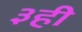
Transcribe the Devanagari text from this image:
३ही